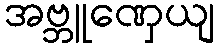
အဗ္ဘူဏှေယျ